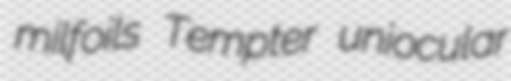
milfoils Tempter uniocular